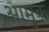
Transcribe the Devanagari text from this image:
आमुक